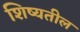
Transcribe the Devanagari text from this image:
शिष्यतील